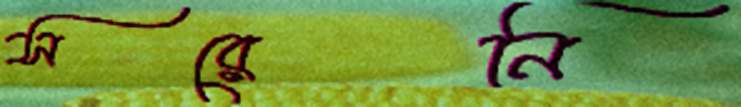
সরেনি